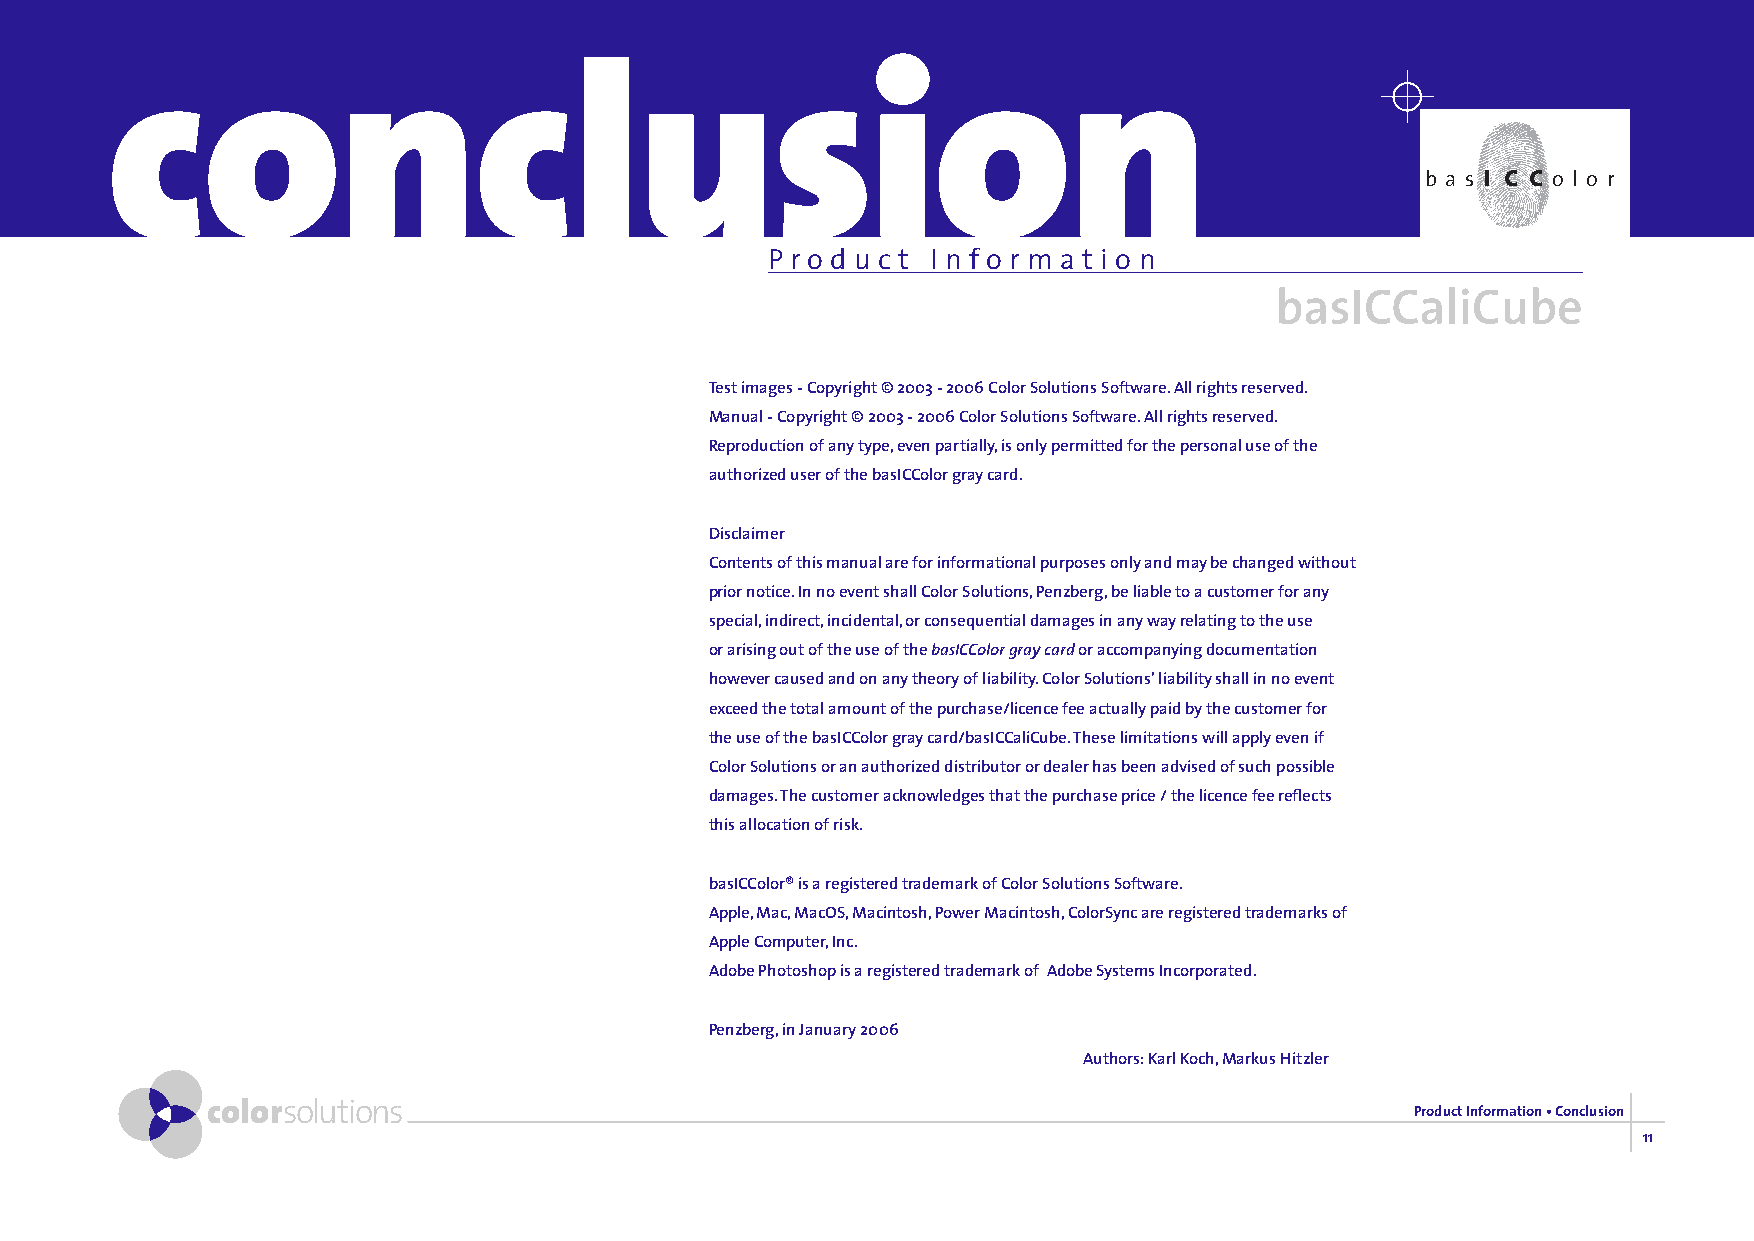
conclusion
 b a s i c c o l o r
 P r o d u c t I n f o r m a t i o n
 basICCaliCube
 Test images - Copyright © 2003 - 2006 Color Solutions Software. All rights reserved.
 Manual - Copyright © 2003 - 2006 Color Solutions Software. All rights reserved.
 Reproduction of any type, even partially, is only permitted for the personal use of the
 authorized user of the basICColor gray card.
 Disclaimer
 Contents of this manual are for informational purposes only and may be changed without
 prior notice. In no event shall Color Solutions, Penzberg, be liable to a customer for any
 special, indirect, incidental, or consequential damages in any way relating to the use
 or arising out of the use of the basICColor gray card or accompanying documentation
 however caused and on any theory of liability. Color Solutions’ liability shall in no event
 exceed the total amount of the purchase/licence fee actually paid by the customer for
 the use of the basICColor gray card/basICCaliCube. These limitations will apply even if
 Color Solutions or an authorized distributor or dealer has been advised of such possible
 damages. The customer acknowledges that the purchase price / the licence fee reflects
 this allocation of risk.
 basICColor® is a registered trademark of Color Solutions Software.
 Apple, Mac, MacOS, Macintosh, Power Macintosh, ColorSync are registered trademarks of
 Apple Computer, Inc.
 Adobe Photoshop is a registered trademark of Adobe Systems Incorporated.
 Penzberg, in January 2006
 Authors: Karl Koch, Markus Hitzler
 colorsolutions                                                                  Product Information • Conclusion
 11